Insane asylums in Bengal annual reports 1867-1875 - 1867-1875
Year: 1867
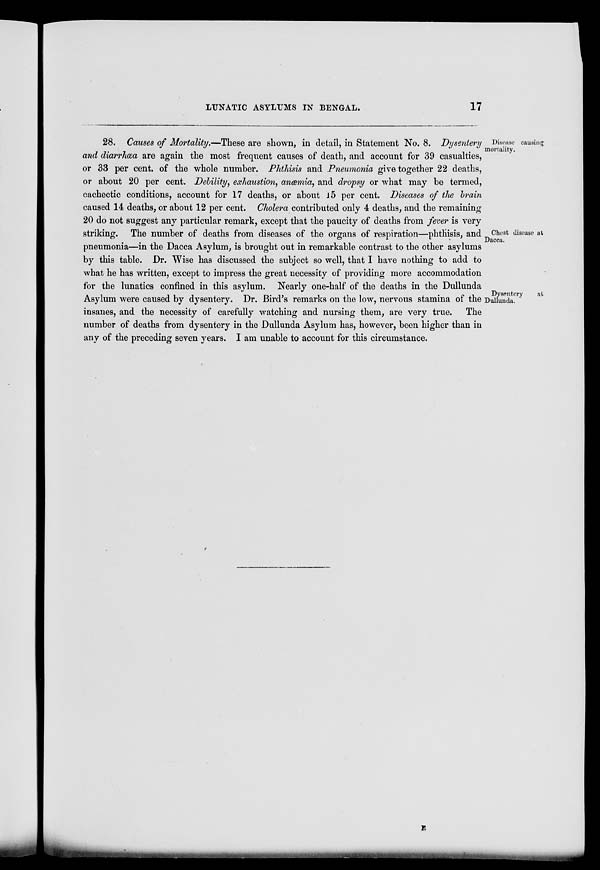
LUNATIC ASYLUMS IN BENGAL.
17
Disease causing
mortality.
28. Causes of Mortality.—These are shown, in detail, in Statement No. 8. Dysentery
and diarrhœa are again the most frequent causes of death, and account for 39 casualties,
or 33 per cent. of the whole number. Phthisis and Pneumonia give together 22 deaths,
or about 20 per cent. Debility, exhaustion, anæmia, and dropsy or what may be termed,
cachectic conditions, account for 17 deaths, or about 15 per cent. Diseases of the brain
caused 14 deaths, or about 12 per cent. Cholera contributed only 4 deaths, and the remaining
20 do not suggest any particular remark, except that the paucity of deaths from fever is very
Chest disease at
Dacca.
striking. The number of deaths from diseases of the organs of respiration—phthisis, and
pneumonia—in the Dacca Asylum, is brought out in remarkable contrast to the other asylums
by this table. Dr. Wise has discussed the subject so well, that I have nothing to add to
what he has written, except to impress the great necessity of providing more accommodation
for the lunatics confined in this asylum. Nearly one-half of the deaths in the Dullunda
Dysentery
at
Dullunda.
Asylum were caused by dysentery. Dr. Bird's remarks on the low, nervous stamina of the
insanes, and the necessity of carefully watching and nursing them, are very true. The
number of deaths from dysentery in the Dullunda Asylum has, however, been higher than in
any of the preceding seven years. I am unable to account for this circumstance.
E